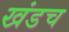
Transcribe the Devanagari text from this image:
खंडच